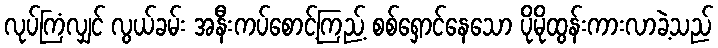
လုပ်ကြံလျှင် လွယ်ခမ်း အနီးကပ်စောင့်ကြည့် စစ်ရှောင်နေသော ပိုမိုထွန်းကားလာခဲ့သည်